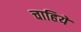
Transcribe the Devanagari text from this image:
चाहिये